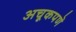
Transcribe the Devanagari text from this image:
अचूकपणॆ